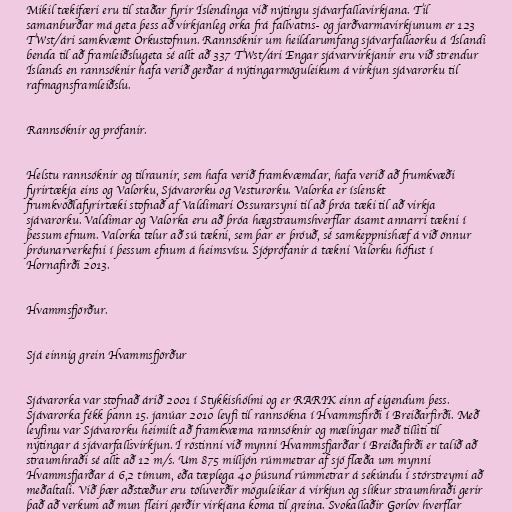
Mikil tækifæri eru til staðar fyrir Íslendinga við nýtingu sjávarfallavirkjana. Til
samanburðar má geta þess að virkjanleg orka frá fallvatns- og jarðvarmavirkjunum er 123
TWst/ári samkvæmt Orkustofnun. Rannsóknir um heildarumfang sjávarfallaorku á Íslandi
benda til að framleiðslugeta sé allt að 337 TWst/ári Engar sjávarvirkjanir eru við strendur
Íslands en rannsóknir hafa verið gerðar á nýtingarmöguleikum á virkjun sjávarorku til
rafmagnsframleiðslu.

Rannsóknir og prófanir.

Helstu rannsóknir og tilraunir, sem hafa verið framkvæmdar, hafa verið að frumkvæði
fyrirtækja eins og Valorku, Sjávarorku og Vesturorku. Valorka er íslenskt
frumkvöðlafyrirtæki stofnað af Valdimari Össurarsyni til að þróa tæki til að virkja
sjávarorku. Valdimar og Valorka eru að þróa hægstraumshverflar ásamt annarri tækni í
þessum efnum. Valorka telur að sú tækni, sem þar er þróuð, sé samkeppnishæf á við önnur
þróunarverkefni í þessum efnum á heimsvísu. Sjóprófanir á tækni Valorku hófust í
Hornafirði 2013.

Hvammsfjörður.

Sjá einnig grein Hvammsfjörður

Sjávarorka var stofnað árið 2001 í Stykkishólmi og er RARIK einn af eigendum þess.
Sjávarorka fékk þann 15. janúar 2010 leyfi til rannsókna í Hvammsfirði í Breiðarfirði. Með
leyfinu var Sjávarorku heimilt að framkvæma rannsóknir og mælingar með tilliti til
nýtingar á sjávarfallsvirkjun. Í röstinni við mynni Hvammsfjarðar í Breiðafirði er talið að
straumhraði sé allt að 12 m/s. Um 875 milljón rúmmetrar af sjó flæða um mynni
Hvammsfjarðar á 6,2 tímum, eða tæplega 40 þúsund rúmmetrar á sekúndu í stórstreymi að
meðaltali. Við þær aðstæður eru töluverðir möguleikar á virkjun og slíkur straumhraði gerir
það að verkum að mun fleiri gerðir virkjana koma til greina. Svokallaðir Gorlov hverflar